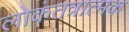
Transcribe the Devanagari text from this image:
लोकंतत्रात्मक